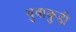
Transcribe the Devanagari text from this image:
थुवाकुड़ी